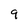
Character: 9